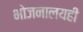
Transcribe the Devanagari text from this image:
भोजनालयही